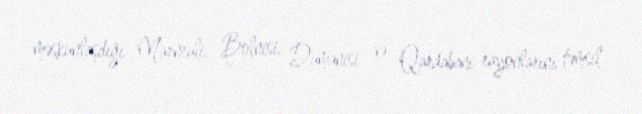
məskunlaşdığı Marneuli, Bolnisi, Dumanisi və Qardabani rayonlarını təmsil